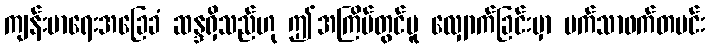
ကျန်းမာရေးအခြေခံ ဆန္ဒရှိသည်ဟု ဤအကြိမ်တွင်မူ လျှောက်ခြင်းမှာ မက်သာဖက်တမင်း